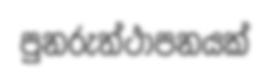
පුනරුත්ථාපනයක්